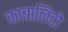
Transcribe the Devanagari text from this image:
काबालिटो